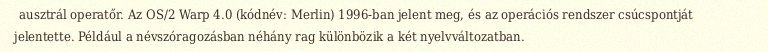
ausztrál operatőr. Az OS/2 Warp 4.0 (kódnév: Merlin) 1996-ban jelent meg, és az operációs rendszer csúcspontját jelentette. Például a névszóragozásban néhány rag különbözik a két nyelvváltozatban.